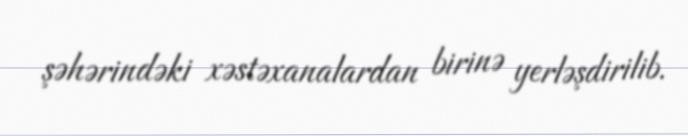
şəhərindəki xəstəxanalardan birinə yerləşdirilib.